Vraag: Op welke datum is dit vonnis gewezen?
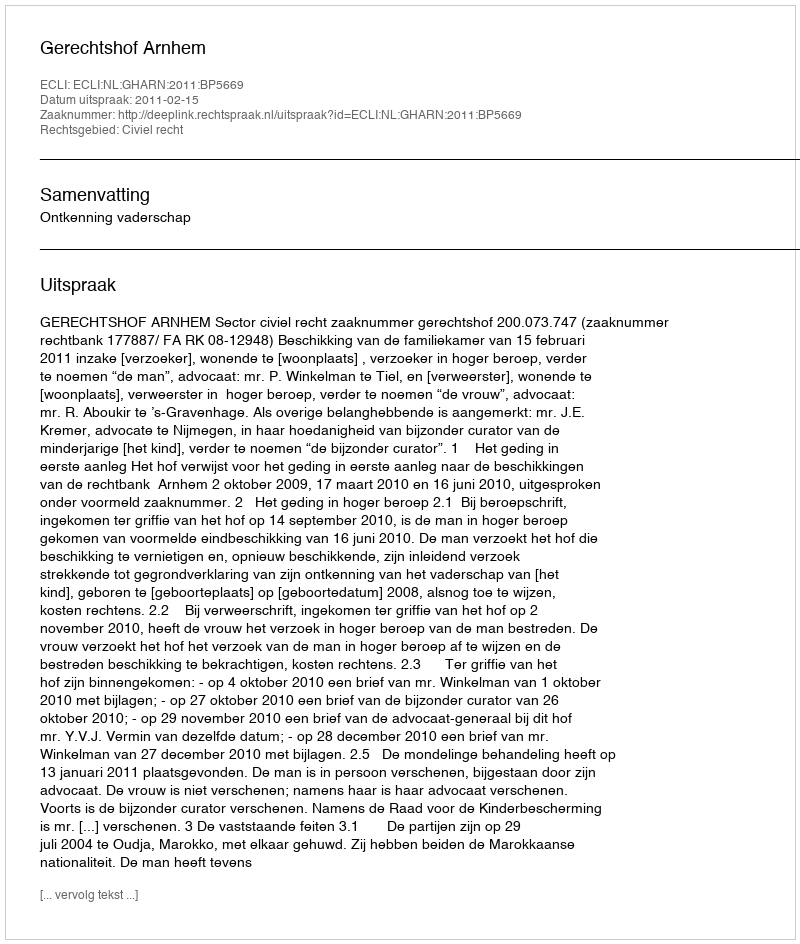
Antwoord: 2011-02-15